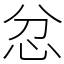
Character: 忿